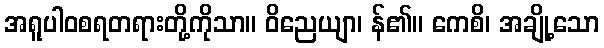
အရူပါဝစရတရားတို့ကိုသာ။ ဝိညေယျာ၊ န်၏။ ကေစိ၊ အချို့သော